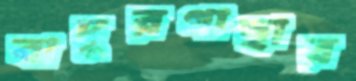
বাদুরগাছার